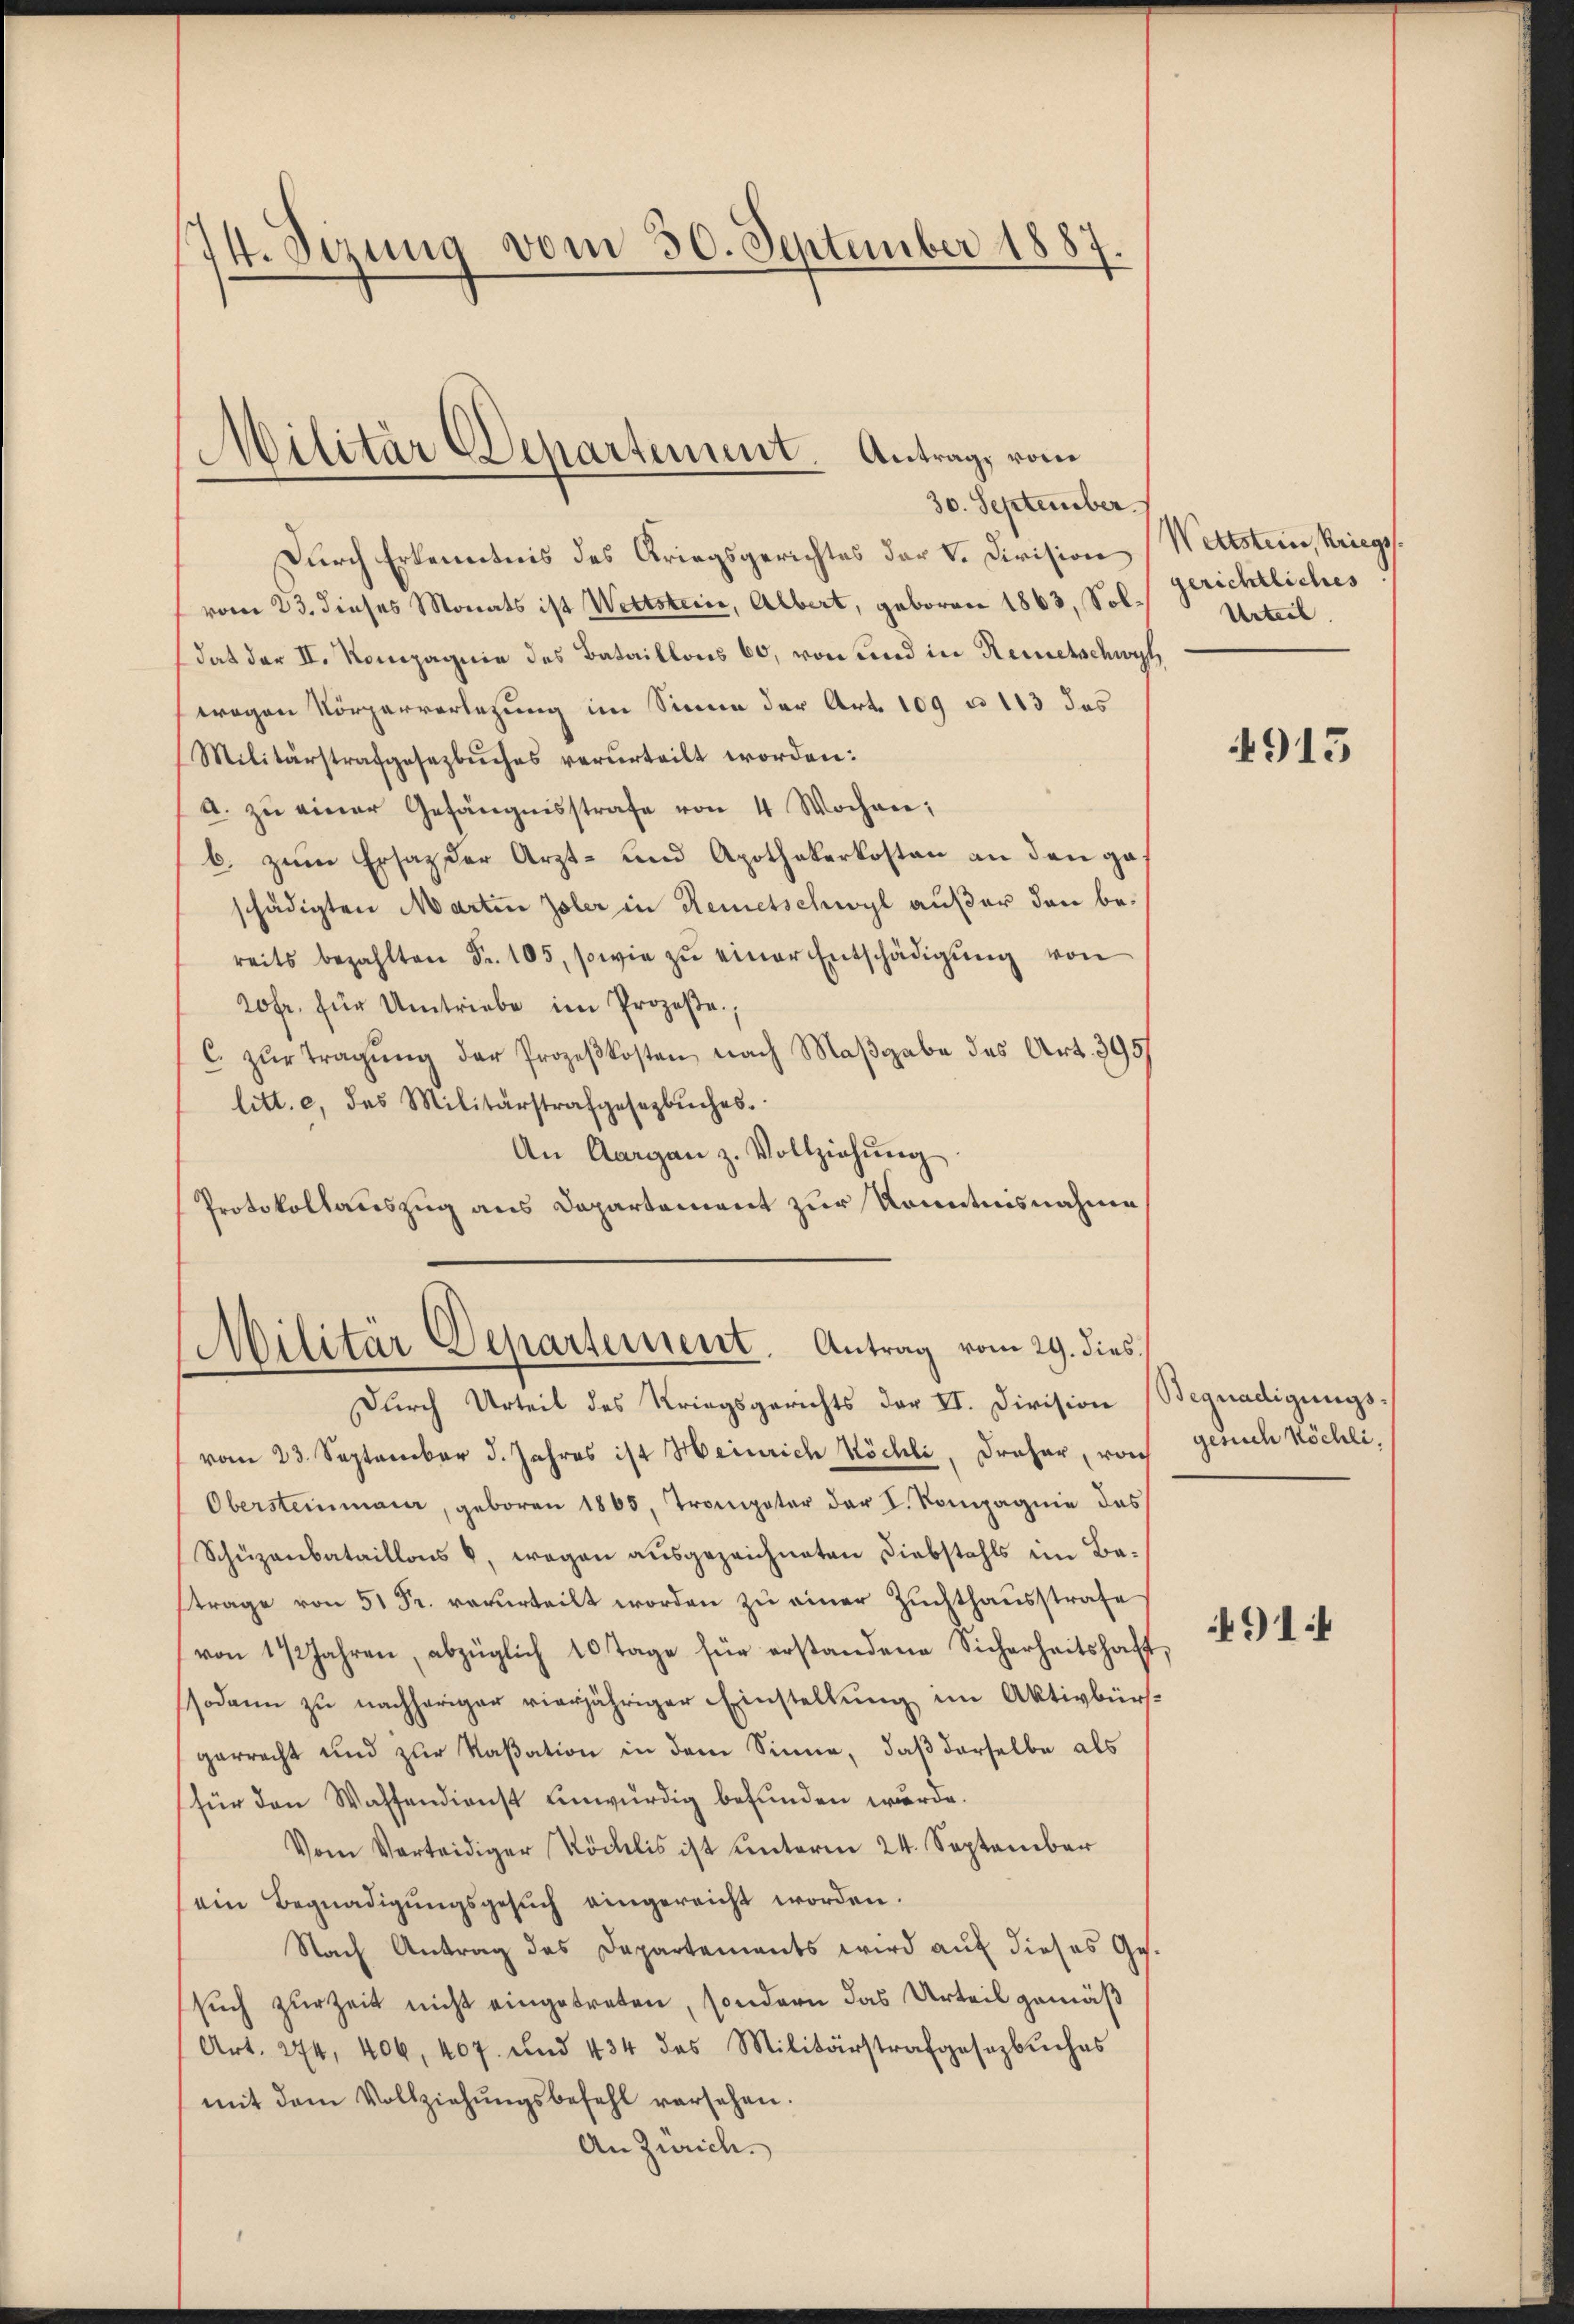
74. Sezung vom 30. September 1887.

Militär Departement. Antrag, vom
30. September.

Durch Erkenntnis des Kriegsgerichtes der V. Division
vom 23. dieses Monats ist Wettstein, Albert, geboren 1863, Soldaß der II. Kompagnie des Bataillons 60, von und in Remetschwyl,
wegen Körperverlegung im Sinne der Art. 109 u 113 das
Militärstrafgesezbuches verurteilt worden:
a. zŭ einer Gefängnisstrafe von 4 Wochen;
b. zum Ersatz der Arzt- und Apothekerkosten an den gas
schädigten Martin Isler in Remetschwyl außer den bereits bezahlten Fr. 105, sowie zŭ einer Entschädigŭng von
20fr. für Umtriebe im Prozeße.
c. zŭr Tragŭng der Prozeßkosten nach Maβgabe des Art. 395
litt. e, das Militärstrafgesetzbuches.
An Aargau z. Vollziehŭng
Protokollauszug aus Departement zur Kenntnisnahme

Militär Departement. Antrag vom 29. dies

Dŭrch Urteil des Kriegsgerichts der II. Division (Begnadigungs-
vom 23. September d. Jahres ist Heinrich Köchli, Draher, von
Obersteinmaur, geboren 1865, Trompeter der I. Kompagnie das
Schüzenbataillons , wegen ausgezeichneten Diebstahls im Baftrage von 51 Fr. verurteilt worden zŭ einer Zŭchthaŭsstrafe
von 1 1/2 Jahren, abzüglich 10 Tage für erstandene Sicherheitshaft
ssodann zu nachheriger vierjähriger Einstellung im Aktivbürfgerrecht und zur Kaßation in dem Sinne, daß derselbe als
für den Wassendienst unwürdig befunden wurde.
Vom Verteidiger Stöcklis ist ŭnterm 24. September
ein Begnadigŭngsgesŭch eingereicht worden.
Nach Antrag des Departements wird aŭf dieses Ge-
sŭch zur Zeit nicht eingetreten, sondern das Urteil gemäß
Art. 274. 406, 407. und 434 des Militärstrafgesezbŭches
mit dem Vollziehŭngsbefehl versehen.
An Zürich.

Wettstein, Kriegs
gerichtliches
Urteil.

gesuch Köchli,

4915

914